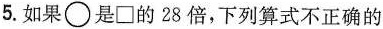
5.如果\circ 是\Box 的28倍，下列算式不正确的